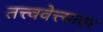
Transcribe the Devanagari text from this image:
तत्त्ववेत्त्यावर